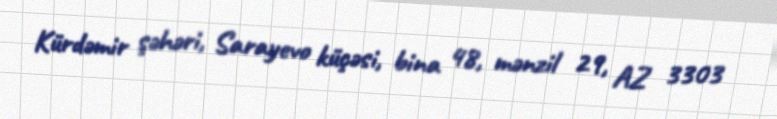
Kürdəmir şəhəri, Sarayevo küçəsi, bina 48, mənzil 29, AZ 3303